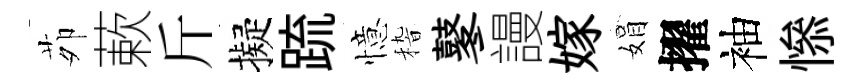
茆蔌斤擬䟽憶𥟵鼕謾嫁娟擢袖𢡖